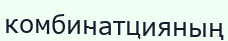
комбинатцияның